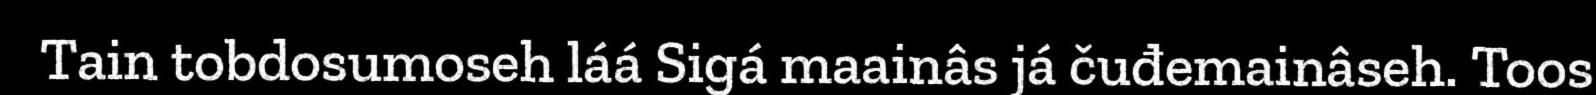
Tain tobdosumoseh láá Sigá maainâs já čuđemainâseh. Toos